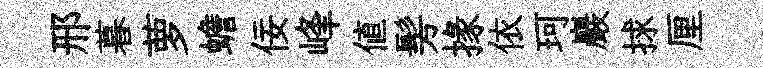
邢暮萝蟾佞峰値髣掾依珂巖捄厘